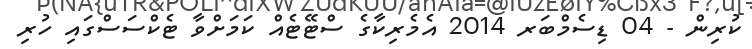
ކުރިން - 04 ޑިސެމްބަރ 2014 އެމެރިކާގެ ސްޓޭޓެއް ކަމަށްވާ ޓެކްސަސްގައި ހުރި